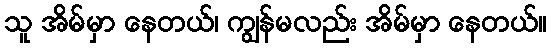
သူ အိမ်မှာ နေတယ်၊ ကျွန်မလည်း အိမ်မှာ နေတယ်။